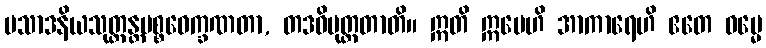
ပသာဒနိယသုတ္တန္တပစ္စဝေက္ခဏတာ, တဒဓိမုတ္တတာတိ။ ဣတိ ဣမေဟိ အာကာရေဟိ ဧတေ ဓမ္မေ